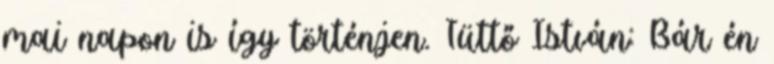
mai napon is így történjen. Tüttő István: Bár én